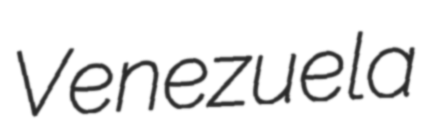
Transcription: Venezuela